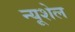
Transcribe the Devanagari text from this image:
न्यूशेल